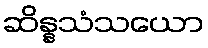
ဆိန္နသံသယော